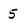
Character: 5